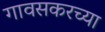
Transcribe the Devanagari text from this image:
गावसकरच्या